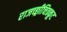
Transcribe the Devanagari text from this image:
राजच्छ्रीचित्रकूट